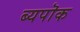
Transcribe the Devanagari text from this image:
ब्यपॊक